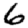
Digit: 6